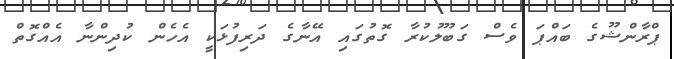
ޕްރާންޝޫގެ ބައްޕަ ވެސް ގަބޫލުކުރާ ގޮތުގައި އޭނާގެ ދަރިފުޅަކީ އެހެން ކުދިންނާ އެއްގޮތް